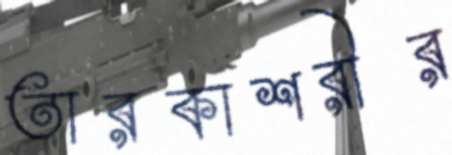
তারকাশরীর